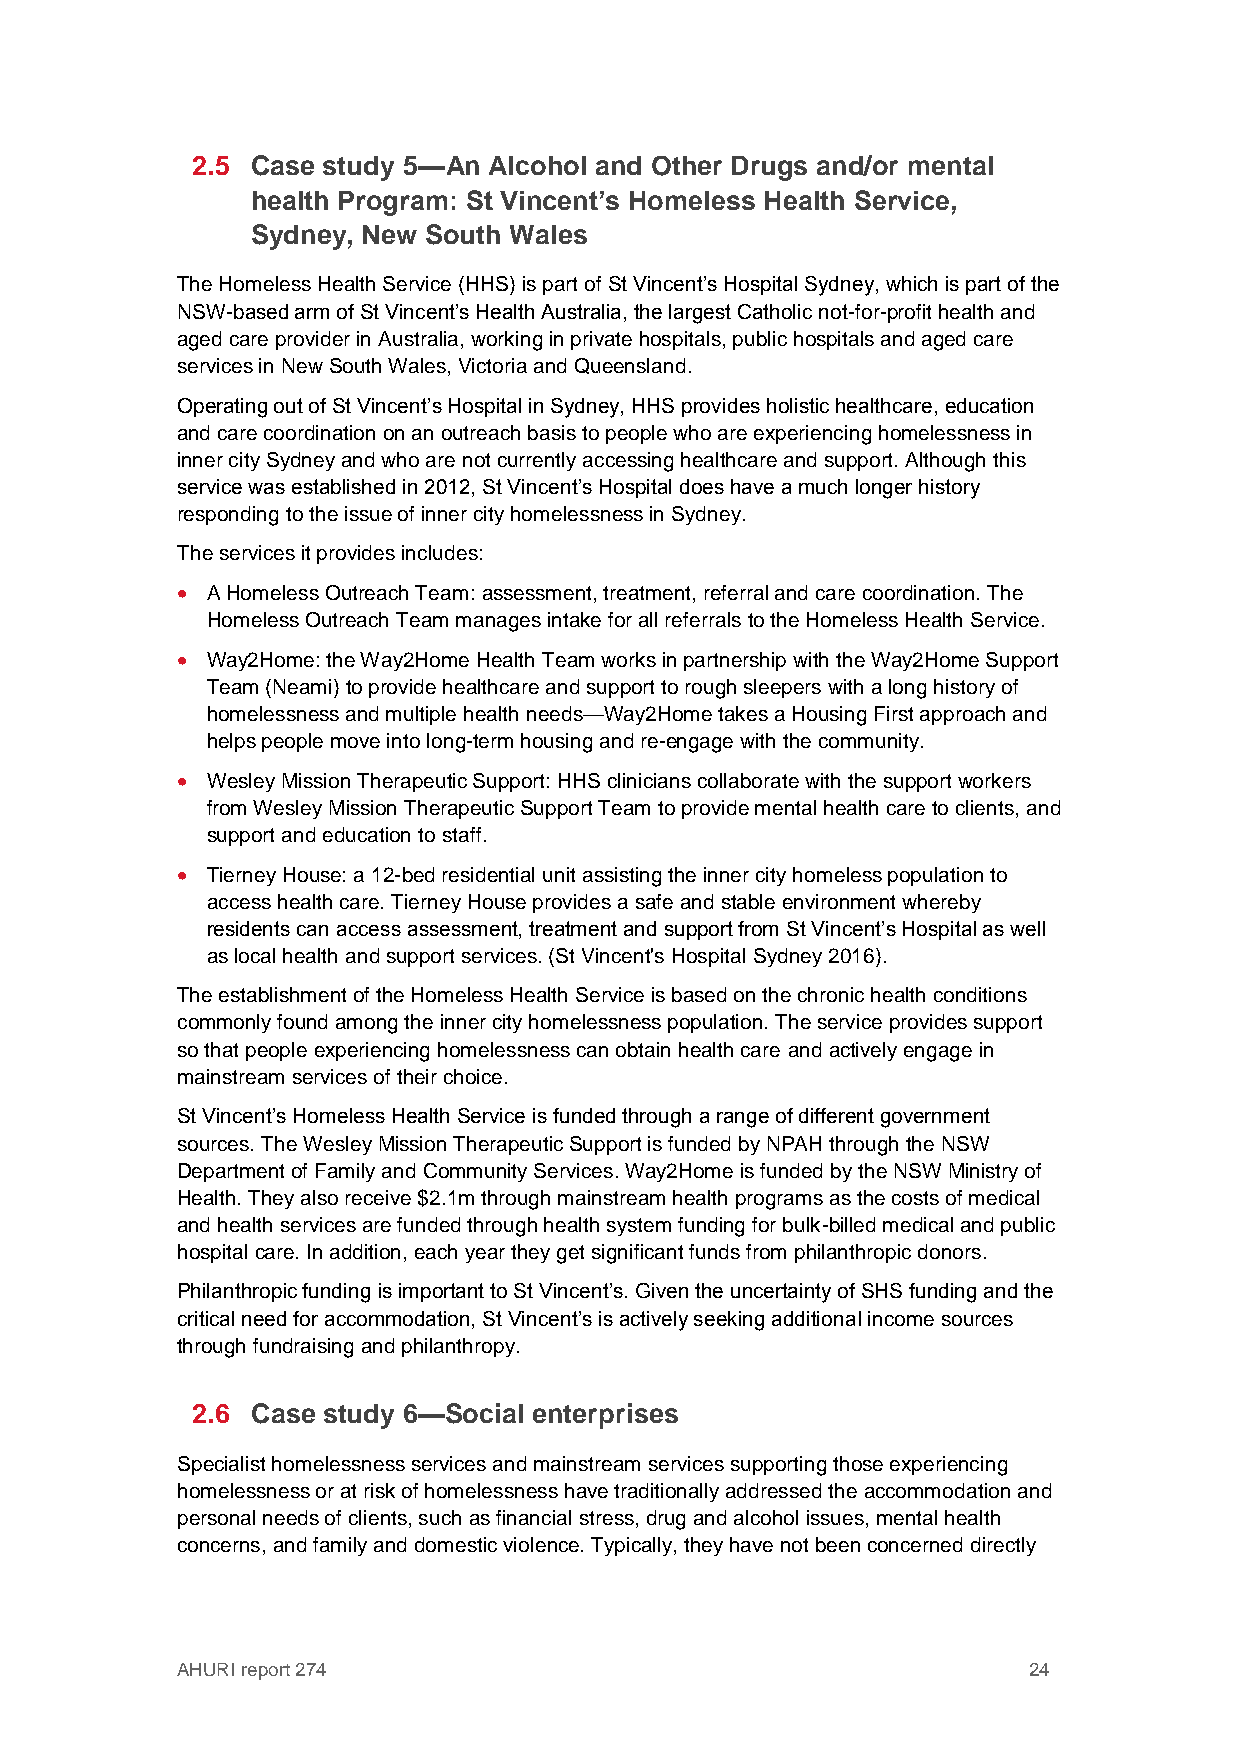
2.5 Case study 5—An Alcohol and Other Drugs and/or mental
 health Program: St Vincent’s Homeless Health Service,
 Sydney, New South Wales
 The Homeless Health Service (HHS) is part of St Vincent’s Hospital Sydney, which is part of the
 NSW-based arm of St Vincent’s Health Australia, the largest Catholic not-for-profit health and
 aged care provider in Australia, working in private hospitals, public hospitals and aged care
 services in New South Wales, Victoria and Queensland.
 Operating out of St Vincent’s Hospital in Sydney, HHS provides holistic healthcare, education
 and care coordination on an outreach basis to people who are experiencing homelessness in
 inner city Sydney and who are not currently accessing healthcare and support. Although this
 service was established in 2012, St Vincent’s Hospital does have a much longer history
 responding to the issue of inner city homelessness in Sydney.
 The services it provides includes:
  A Homeless Outreach Team: assessment, treatment, referral and care coordination. The
 Homeless Outreach Team manages intake for all referrals to the Homeless Health Service.
  Way2Home: the Way2Home Health Team works in partnership with the Way2Home Support
 Team (Neami) to provide healthcare and support to rough sleepers with a long history of
 homelessness and multiple health needs—Way2Home takes a Housing First approach and
 helps people move into long-term housing and re-engage with the community.
  Wesley Mission Therapeutic Support: HHS clinicians collaborate with the support workers
 from Wesley Mission Therapeutic Support Team to provide mental health care to clients, and
 support and education to staff.
  Tierney House: a 12-bed residential unit assisting the inner city homeless population to
 access health care. Tierney House provides a safe and stable environment whereby
 residents can access assessment, treatment and support from St Vincent’s Hospital as well
 as local health and support services. (St Vincent's Hospital Sydney 2016).
 The establishment of the Homeless Health Service is based on the chronic health conditions
 commonly found among the inner city homelessness population. The service provides support
 so that people experiencing homelessness can obtain health care and actively engage in
 mainstream services of their choice.
 St Vincent’s Homeless Health Service is funded through a range of different government
 sources. The Wesley Mission Therapeutic Support is funded by NPAH through the NSW
 Department of Family and Community Services. Way2Home is funded by the NSW Ministry of
 Health. They also receive $2.1m through mainstream health programs as the costs of medical
 and health services are funded through health system funding for bulk-billed medical and public
 hospital care. In addition, each year they get significant funds from philanthropic donors.
 Philanthropic funding is important to St Vincent’s. Given the uncertainty of SHS funding and the
 critical need for accommodation, St Vincent’s is actively seeking additional income sources
 through fundraising and philanthropy.
 2.6 Case study 6—Social enterprises
 Specialist homelessness services and mainstream services supporting those experiencing
 homelessness or at risk of homelessness have traditionally addressed the accommodation and
 personal needs of clients, such as financial stress, drug and alcohol issues, mental health
 concerns, and family and domestic violence. Typically, they have not been concerned directly
 AHURI report 274                                        24